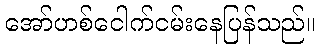
အော်ဟစ်ငေါက်ငမ်းနေပြန်သည်။